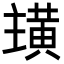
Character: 𮮏